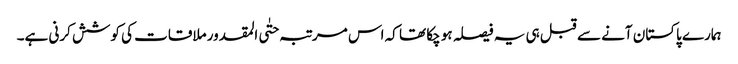
ہمارے پاکستان آنے سے قبل ہی یہ فیصلہ ہو چکا تھا کہ اس مرتبہ حتٰی المقدور ملاقات کی کوشش کرنی ہے۔